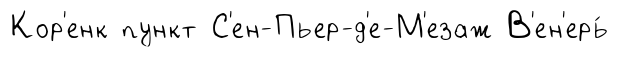
Кор'енк пункт С'ен-Пьер-д'е-М'езаж В'ен'ерь́